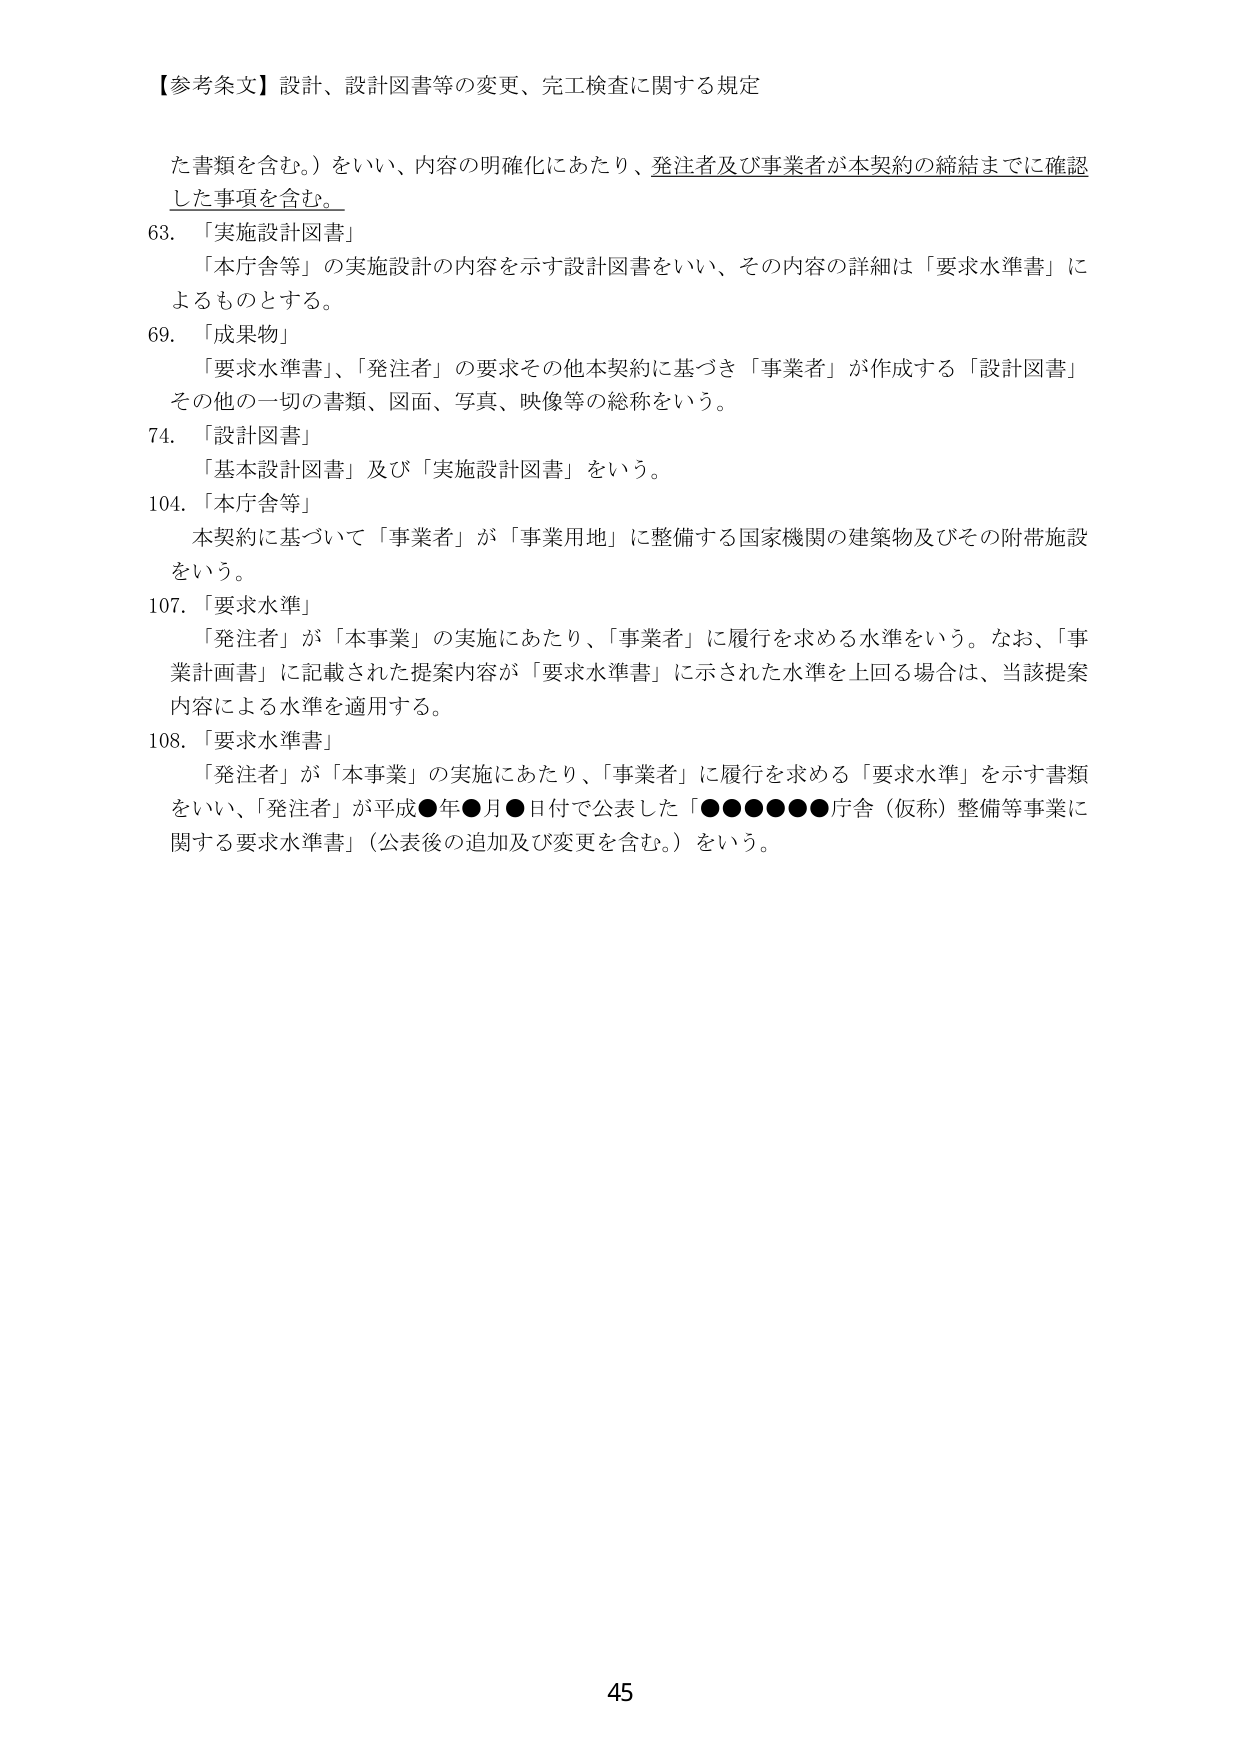
【参考条文】設計、設計図書等の変更、完工検査に関する規定

た書類を含む。）をいい、内容の明確化にあたり、発注者及び事業者が本契約の締結までに確認した事項を含む。

63. 「実施設計図書」
　「本庁舎等」の実施設計の内容を示す設計図書をいい、その内容の詳細は「要求水準書」によるものとする。

69. 「成果物」
　「要求水準書」、「発注者」の要求その他本契約に基づき「事業者」が作成する「設計図書」その他の一切の書類、図面、写真、映像等の総称をいう。

74. 「設計図書」
　「基本設計図書」及び「実施設計図書」をいう。

104. 「本庁舎等」
　本契約に基づいて「事業者」が「事業用地」に整備する国家機関の建築物及びその附帯施設をいう。

107. 「要求水準」
　「発注者」が「本事業」の実施にあたり、「事業者」に履行を求める水準をいう。なお、「事業計画書」に記載された提案内容が「要求水準書」に示された水準を上回る場合は、当該提案内容による水準を適用する。

108. 「要求水準書」
　「発注者」が「本事業」の実施にあたり、「事業者」に履行を求める「要求水準」を示す書類をいい、「発注者」が平成●年●月●日付で公表した「●●●●●●庁舎（仮称）整備等事業に関する要求水準書」（公表後の追加及び変更を含む。）をいう。

45